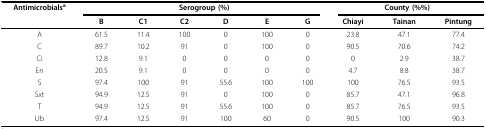
<table><thead><tr><td><b>Antimicrobials<sup>a</sup></b></td><td colspan="6"><b>Serogroup (%)</b></td><td colspan="3"><b>County (%%)</b></td></tr><tr><td></td><td><b>B</b></td><td><b>C1</b></td><td><b>C2</b></td><td><b>D</b></td><td><b>E</b></td><td><b>G</b></td><td><b>Chiayi</b></td><td><b>Tainan</b></td><td><b>Pintung</b></td></tr></thead><tbody><tr><td>A</td><td>61.5</td><td>11.4</td><td>100</td><td>0</td><td>100</td><td>0</td><td>23.8</td><td>47.1</td><td>77.4</td></tr><tr><td>C</td><td>89.7</td><td>10.2</td><td>91</td><td>0</td><td>100</td><td>0</td><td>90.5</td><td>70.6</td><td>74.2</td></tr><tr><td>Ci</td><td>12.8</td><td>9.1</td><td>0</td><td>0</td><td>0</td><td>0</td><td>0</td><td>2.9</td><td>38.7</td></tr><tr><td>En</td><td>20.5</td><td>9.1</td><td>0</td><td>0</td><td>0</td><td>0</td><td>4.7</td><td>8.8</td><td>38.7</td></tr><tr><td>S</td><td>97.4</td><td>100</td><td>91</td><td>55.6</td><td>100</td><td>100</td><td>100</td><td>76.5</td><td>93.5</td></tr><tr><td>Sxt</td><td>94.9</td><td>12.5</td><td>91</td><td>0</td><td>100</td><td>0</td><td>85.7</td><td>47.1</td><td>96.8</td></tr><tr><td>T</td><td>94.9</td><td>12.5</td><td>91</td><td>55.6</td><td>100</td><td>0</td><td>85.7</td><td>76.5</td><td>93.5</td></tr><tr><td>Ub</td><td>97.4</td><td>12.5</td><td>91</td><td>100</td><td>60</td><td>0</td><td>90.5</td><td>100</td><td>90.3</td></tr></tbody></table>